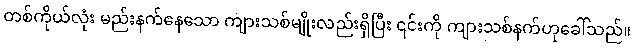
တစ်ကိုယ်လုံး မည်းနက်နေသော ကျားသစ်မျိုးလည်းရှိပြီး ၎င်းကို ကျားသစ်နက်ဟုခေါ်သည်။